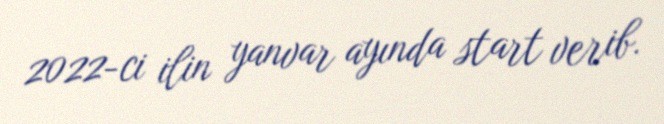
2022-ci ilin yanvar ayında start verib.